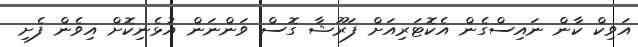
އަވިކް ކާން ނައިސްގެން އެކޮޓަރިއަށް ފަރޫޝާ ގޮސް ވަންނަން އުޅެނިކޮށް އިވެން ފެށި